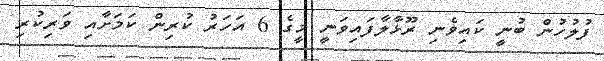
ފުލުހުން ބުނީ ކައިވެނި ރޫޅާލާފައިވަނީ މީގެ 6 އަހަރު ކުރިން ކަމަށާއި ވަރިކުރި